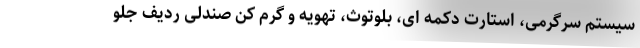
سیستم سرگرمی، استارت دکمه ای، بلوتوث، تهویه و گرم کن صندلی ردیف جلو